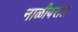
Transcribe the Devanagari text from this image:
नाळीवरील